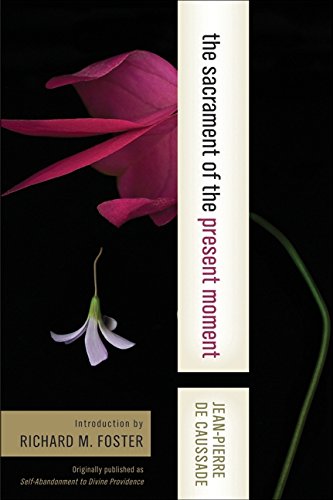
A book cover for The Sacrament of the Present Moment; Jean-Pierre de Caussade; Christian Books & Bibles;